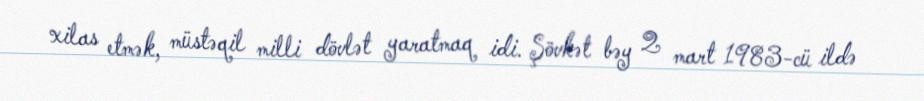
xilas etmək, müstəqil milli dövlət yaratmaq idi. Şövkət bəy 2 mart 1983-cü ildə